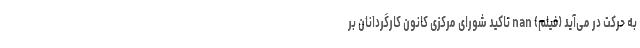
به حرکت در می‌آید (فیلم) nan تاکید شورای مرکزی کانون کارگردانان بر